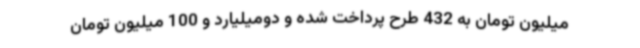
میلیون تومان به 432 طرح پرداخت شده و دومیلیارد و 100 میلیون تومان